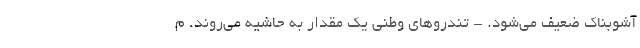
آشوبناک ضعیف می‌شود. - تندروهای وطنی یک مقدار به حاشیه می‌روند. م